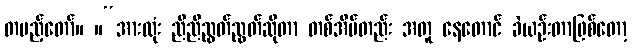
တပည့်တော်။ ။“အားလုံး ညီညီညွတ်ညွတ်ဆိုတာ တစ်အိမ်တည်း အတူ နေတောင် ခဲယဉ်းတာဖြစ်တော့